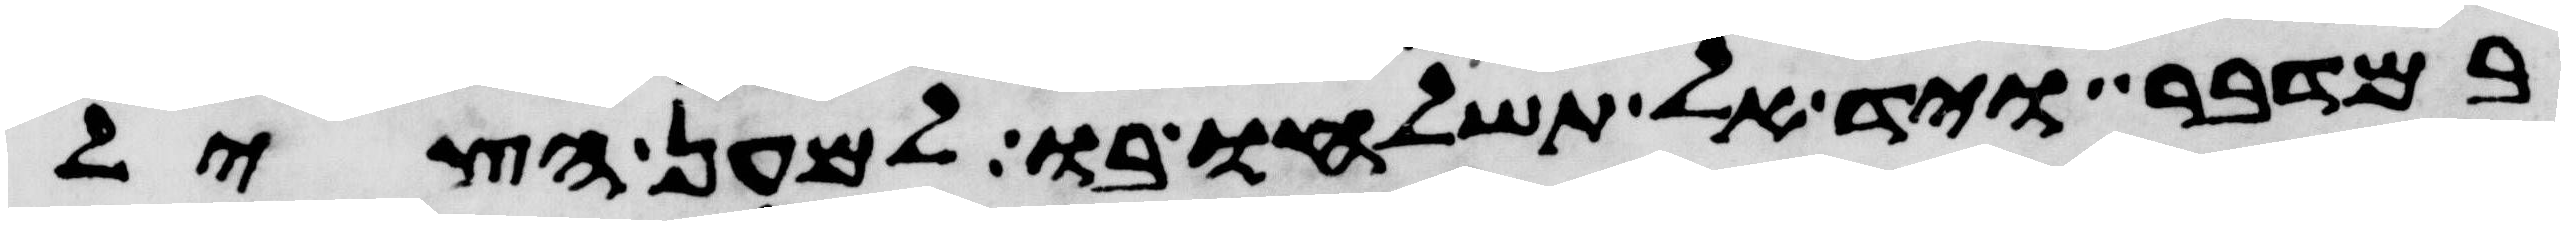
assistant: במדבר ויד אל תשלחו בו למען הציל